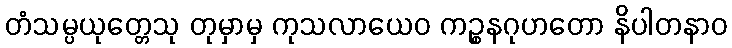
တံသမ္ပယုတ္တေသု တုမှာမှ ကုသလာယေဝ ကဉ္စနဂုဟတော နိပါတနာဝ